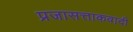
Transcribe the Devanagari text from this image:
प्रजासत्ताकवादी